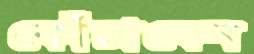
কোঁচাবেন